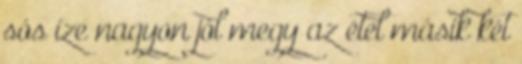
sós íze nagyon jól megy az étel másik két